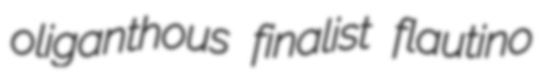
oliganthous finalist flautino